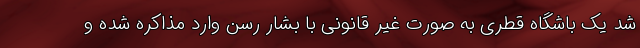
شد یک باشگاه قطری به صورت غیر قانونی با بشار رسن وارد مذاکره شده و